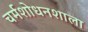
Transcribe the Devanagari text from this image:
चर्मशोधनशाला